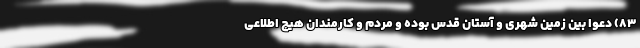
۸۳) دعوا بین زمین شهری و آستان قدس بوده و مردم و کارمندان هیچ اطلاعی